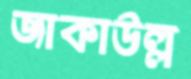
জাকাউল্ল